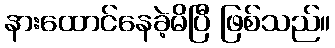
နားထောင်နေခဲ့မိပြီ ဖြစ်သည်။